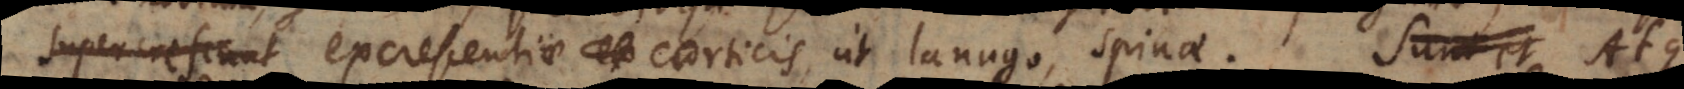
supercrescunt excrescentiae corticis, ut lanugo, spinae. Atque h